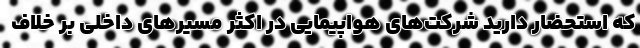
که استحضار دارید شرکت‌های هواپیمایی در اکثر مسیرهای داخلی بر خلاف